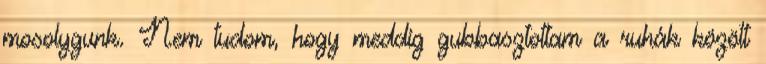
mosolygunk. Nem tudom, hogy meddig gubbasztottam a ruhák között